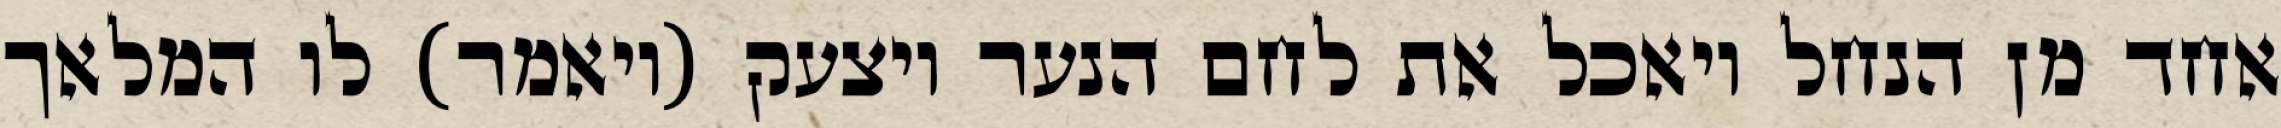
אחד מן הנחל ויאכל את לחם הנער ויצעק (ויאמר) לו המלאך